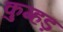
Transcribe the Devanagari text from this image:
कुम्हड़